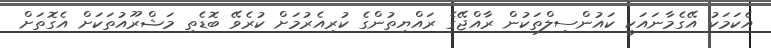
އެކަމަކު އޭގެމާނައަކީ ކައުންސިލްތަކުން ރާއްޖޭގެ ރައްޔިތުންގެ ކުރިއެރުމަށް ކުރެވޭ ބޮޑެތި މަޝްރޫއުތަކަށް އެގޮތަށް